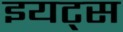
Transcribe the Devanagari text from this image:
इयट्स